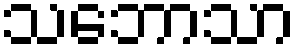
သဘောသာ